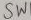
Text: SWI